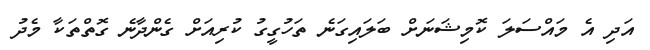
އަދި އެ މައްސަލަ ކޮމިޝަނަށް ބަލައިގަނެ ތަހުގީގު ކުރިއަށް ގެންދާނެ ގޮތްތަކާ މެދު